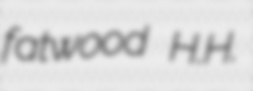
fatwood H.H.